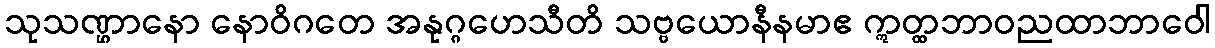
သုသဏ္ဌာနော နောဝိဂတေ အနုဂ္ဂဟေသီတိ သဗ္ဗယောနီနမာဧ ဣတ္ထဘာဝညထာဘာဝေါ